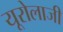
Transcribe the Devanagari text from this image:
यूरोलाजी